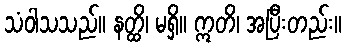
သံဝါသသည်။ နတ္ထိ၊ မရှိ။ ဣတိ၊ အပြီးတည်း။